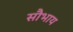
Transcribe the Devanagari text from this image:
सौभाय